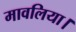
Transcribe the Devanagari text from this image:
मावलिया।